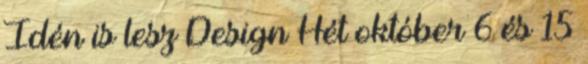
Idén is lesz Design Hét október 6 és 15